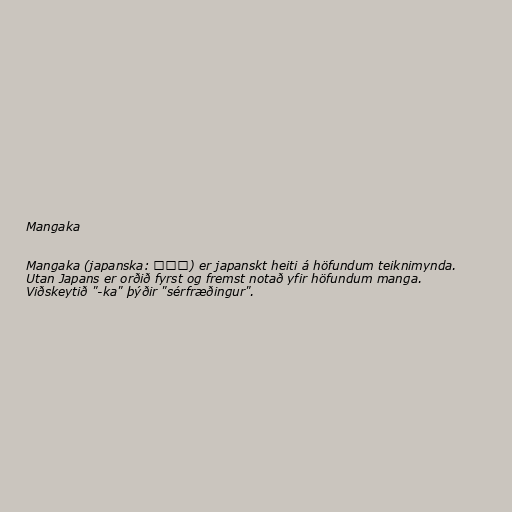
Mangaka

Mangaka (japanska: 漫画家) er japanskt heiti á höfundum teiknimynda.
Utan Japans er orðið fyrst og fremst notað yfir höfundum manga.
Viðskeytið "-ka" þýðir "sérfræðingur".